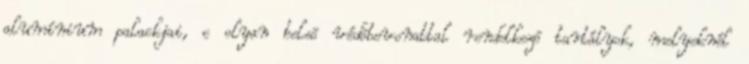
alumínium palackjai, c olyan belsõ védõbevonattal rendelkezõ tartályok, melyeknél